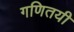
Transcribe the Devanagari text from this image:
गणितयी